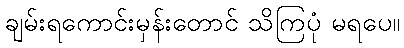
ချမ်းရကောင်းမှန်းတောင် သိကြပုံ မရပေ။